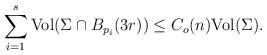
\begin{align*}\sum_{i=1}^s{\rm Vol}(\Sigma\cap B_{p_i}(3r)) \leq C_o(n) {\rm Vol}(\Sigma).\end{align*}